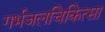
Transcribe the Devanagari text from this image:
गर्भजलचिकित्सा